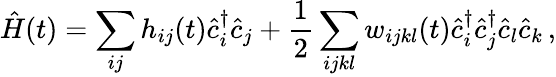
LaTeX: \hat{H}(t)=\sum_{ij}h_{ij}(t)\hat{c}_{i}^{\dagger}\hat{c}_{j}+\frac{1}{2}\sum_{ijkl}w_{ijkl}(t)\hat{c}_{i}^{\dagger}\hat{c}_{j}^{\dagger}\hat{c}_{l}\hat{c}_{k}\, ,